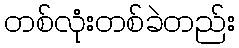
တစ်လုံးတစ်ခဲတည်း